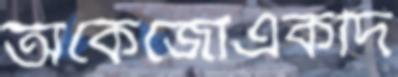
অকেজোএকদি